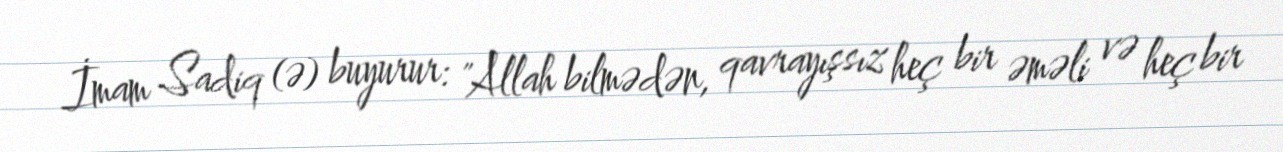
İmam Sadiq (ə) buyurur: "Allah bilmədən, qavrayışsız heç bir əməli və heç bir